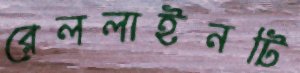
রেললাইনটি